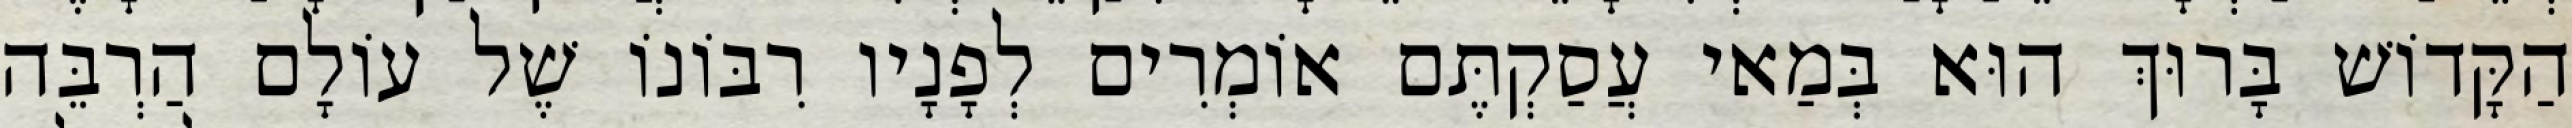
הַקָּדוֹשׁ בָּרוּךְ הוּא בְּמַאי עֲסַקְתֶּם אוֹמְרִים לְפָנָיו רִבּוֹנוֹ שֶׁל עוֹלָם הַרְבֵּה